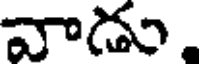
వాడు.